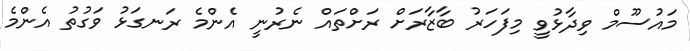
މައުސޫމް ވިދާޅުވީ މިފަހަރު ބާޒާރަށް ރަށްތައް ނެރުނީ އެންމެ ރަނގަޅު ވަގުތު އެންމެ